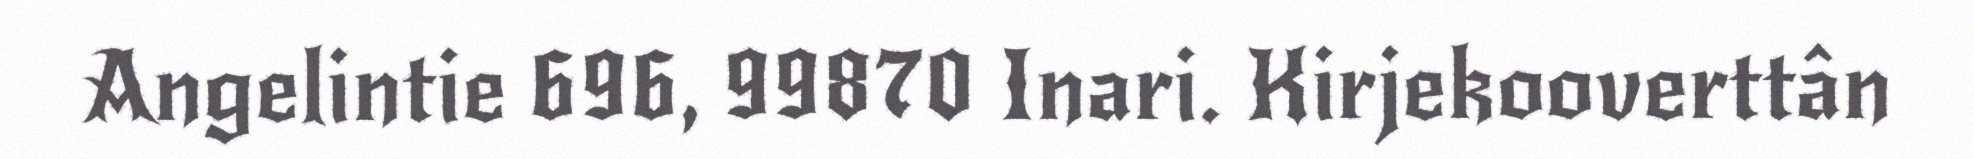
Angelintie 696, 99870 Inari. Kirjekooverttân